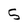
Character: 5